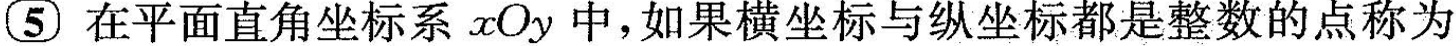
⑤在平面直角坐标系xOy中，如果横坐标与纵坐标都是整数的点称为